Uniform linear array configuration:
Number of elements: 16
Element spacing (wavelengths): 0.25
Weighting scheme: cosine
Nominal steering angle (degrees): -30
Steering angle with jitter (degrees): -29.691
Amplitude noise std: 0.05
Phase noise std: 0.05

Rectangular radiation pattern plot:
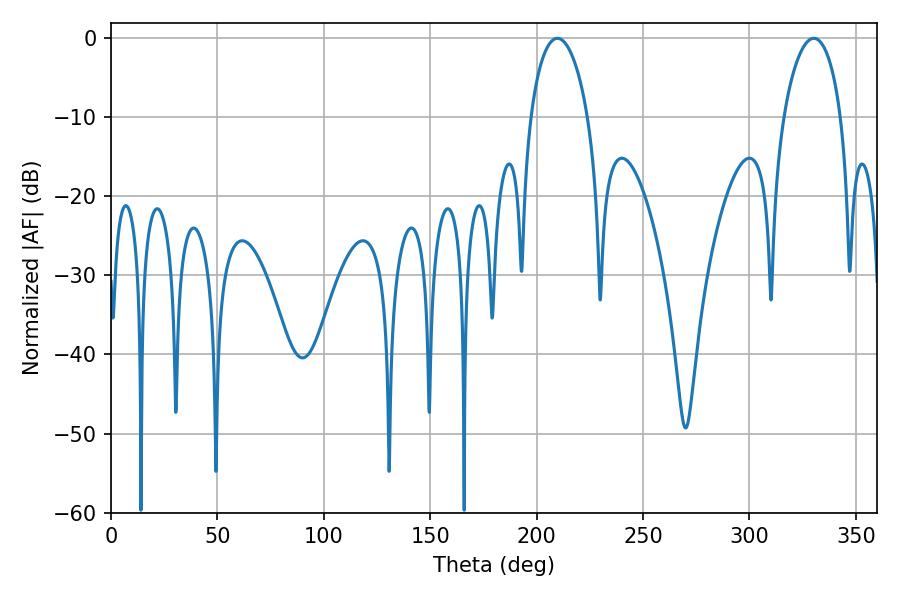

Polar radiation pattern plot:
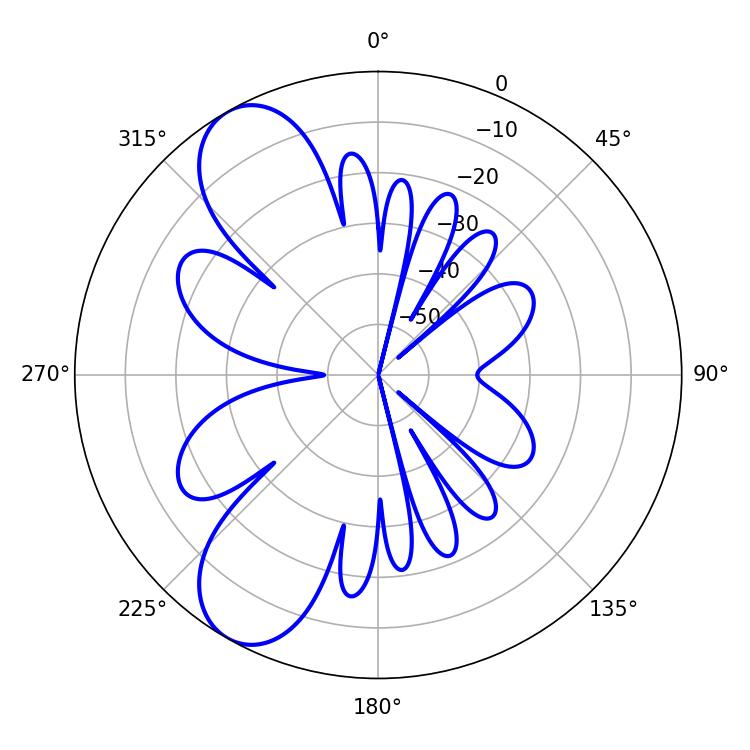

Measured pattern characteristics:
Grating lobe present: FALSE
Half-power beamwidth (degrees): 15.48
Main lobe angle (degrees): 209.7